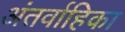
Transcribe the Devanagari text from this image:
अंतर्वाहिका